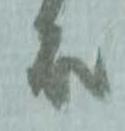
殿